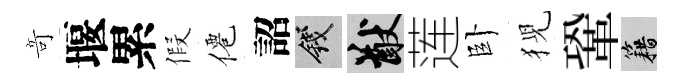
竒堰累假僊詔錢猷莲卧猊鞏籍